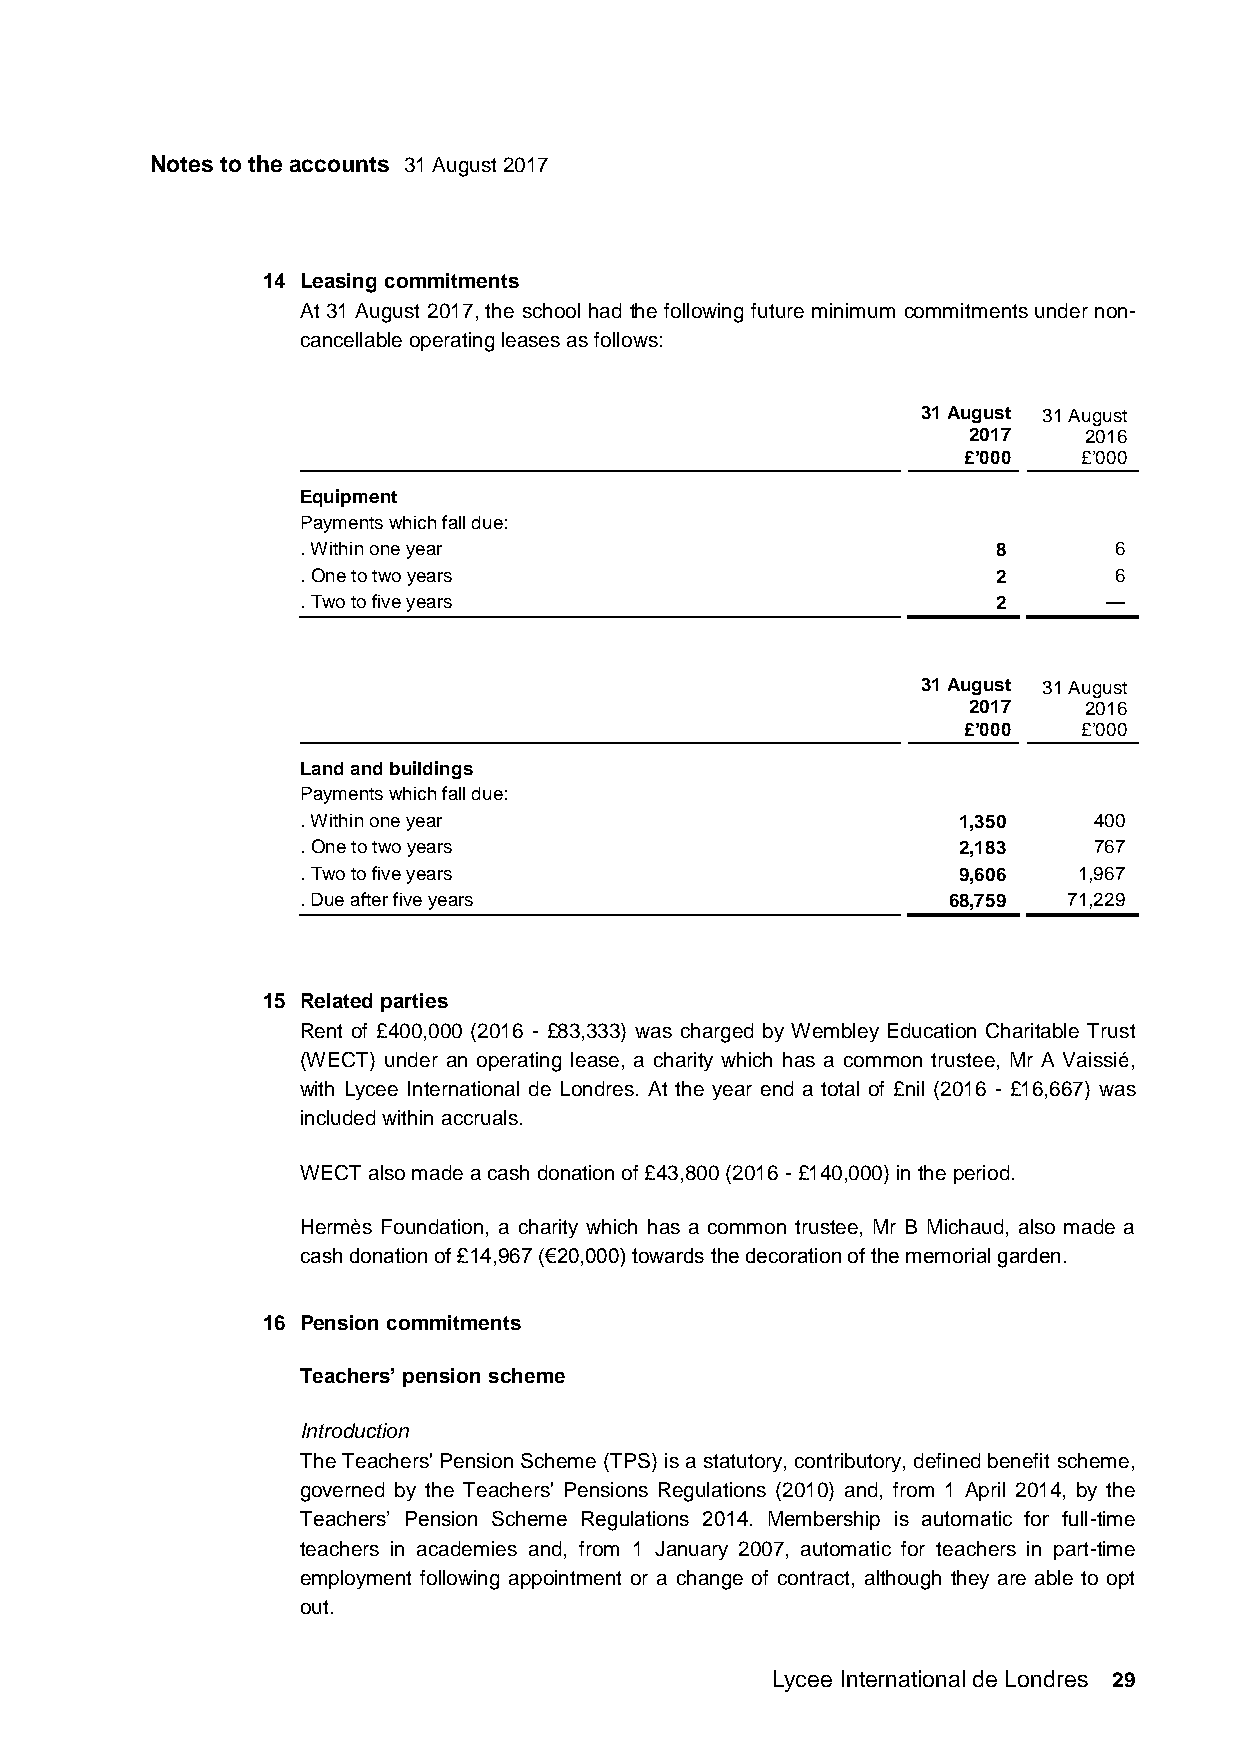
Notes to the accounts 31 August 2017
 14 Leasing commitments
 At 31 August 2017, the school had the following future minimum commitments under non-
 cancellable operating leases as follows:
 31 August 31 August
 2017    2016
 £’000   £’000
 Equipment
 Payments which fall due:
 . Within one year                             8       6
 . One to two years                            2       6
 . Two to five years                           2      —
 31 August 31 August
 2017    2016
 £’000   £’000
 Land and buildings
 Payments which fall due:
 . Within one year                          1,350    400
 . One to two years                         2,183    767
 . Two to five years                        9,606   1,967
 . Due after five years                     68,759  71,229
 15 Related parties
 Rent of £400,000 (2016 - £83,333) was charged by Wembley Education Charitable Trust
 (WECT) under an operating lease, a charity which has a common trustee, Mr A Vaissié,
 with Lycee International de Londres. At the year end a total of £nil (2016 - £16,667) was
 included within accruals.
 WECT also made a cash donation of £43,800 (2016 - £140,000) in the period.
 Hermès Foundation, a charity which has a common trustee, Mr B Michaud, also made a
 cash donation of £14,967 (€20,000) towards the decoration of the memorial garden.
 16 Pension commitments
 Teachers’ pension scheme
 Introduction
 The Teachers' Pension Scheme (TPS) is a statutory, contributory, defined benefit scheme,
 governed by the Teachers' Pensions Regulations (2010) and, from 1 April 2014, by the
 Teachers’ Pension Scheme Regulations 2014. Membership is automatic for full-time
 teachers in academies and, from 1 January 2007, automatic for teachers in part-time
 employment following appointment or a change of contract, although they are able to opt
 out.
 Lycee International de Londres 29